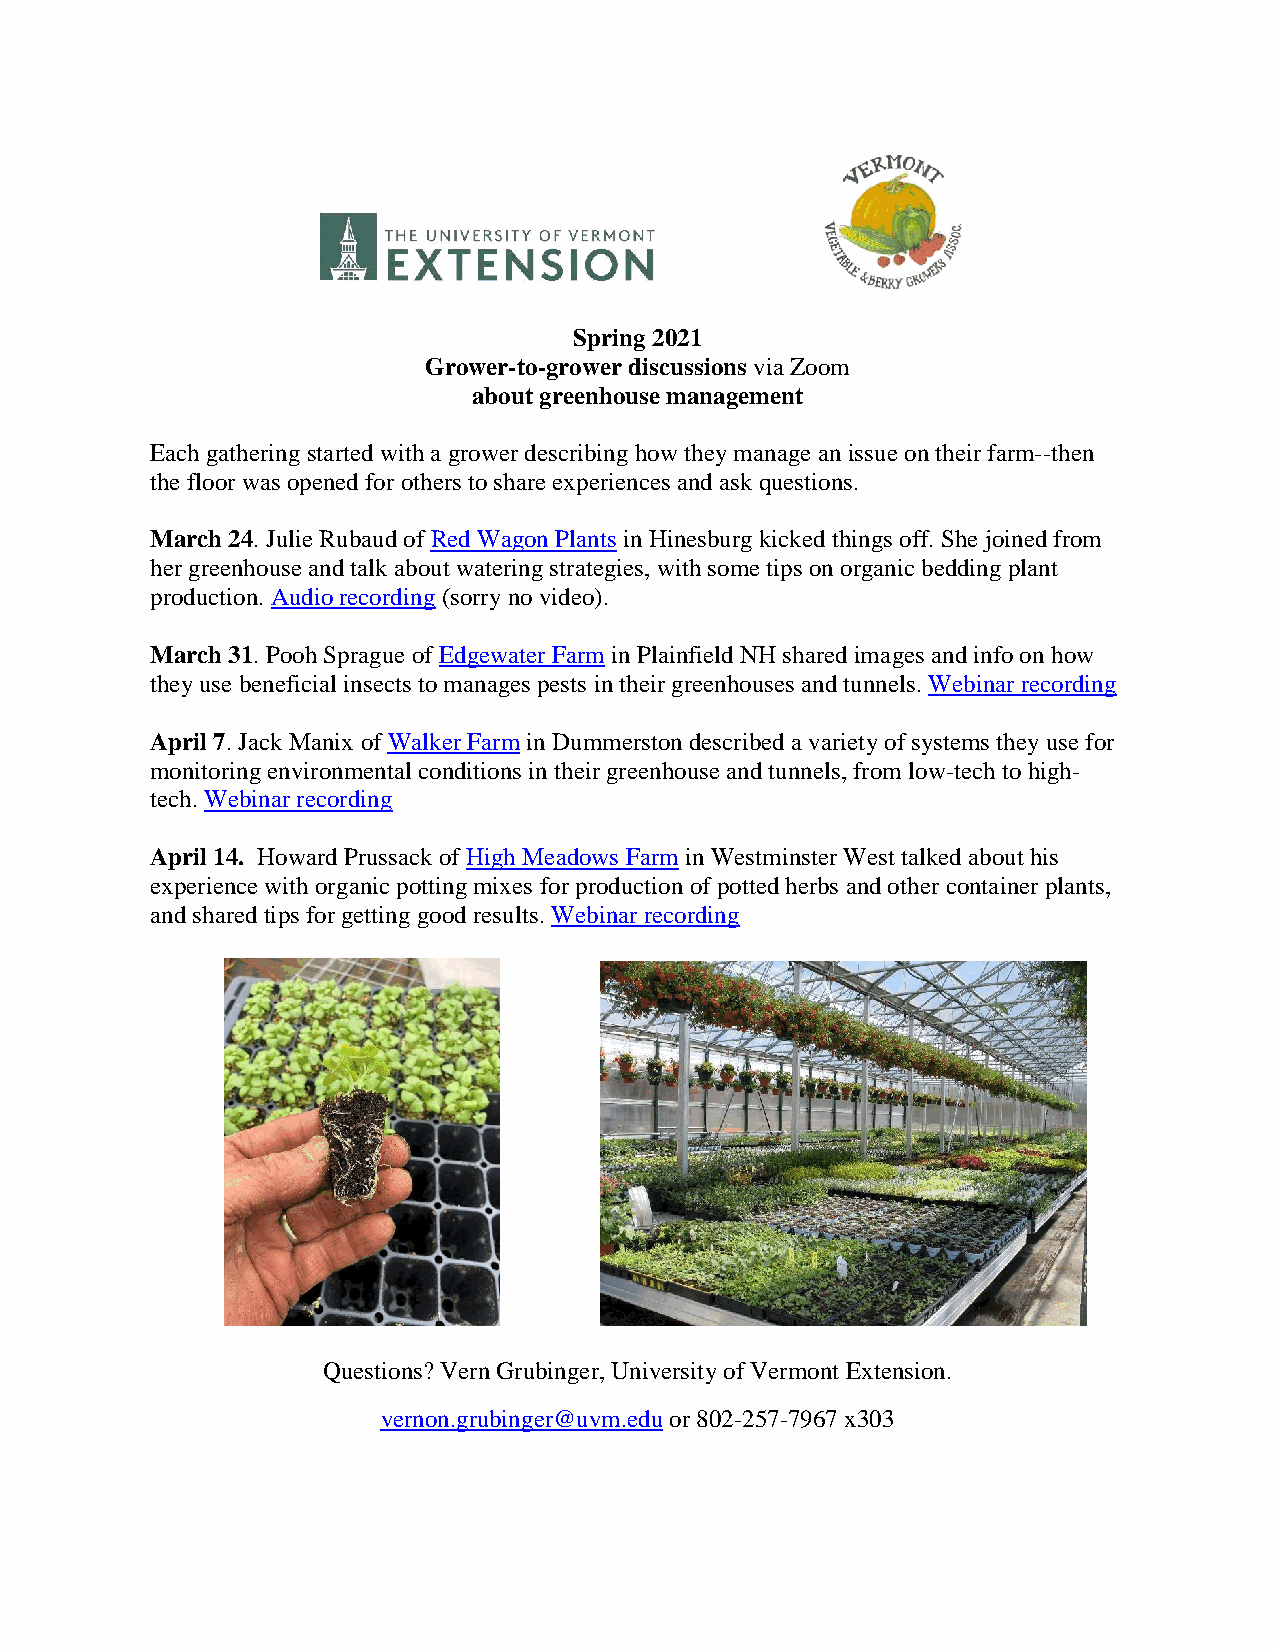
Spring 2021
 Grower-to-grower discussions via Zoom
 about greenhouse management
 Each gathering started with a grower describing how they manage an issue on their farm--then
 the floor was opened for others to share experiences and ask questions.
 March 24. Julie Rubaud of Red Wagon Plants in Hinesburg kicked things off. She joined from
 her greenhouse and talk about watering strategies, with some tips on organic bedding plant
 production. Audio recording (sorry no video).
 March 31. Pooh Sprague of Edgewater Farm in Plainfield NH shared images and info on how
 they use beneficial insects to manages pests in their greenhouses and tunnels. Webinar recording
 April 7. Jack Manix of Walker Farm in Dummerston described a variety of systems they use for
 monitoring environmental conditions in their greenhouse and tunnels, from low-tech to high-
 tech. Webinar recording
 April 14. Howard Prussack of High Meadows Farm in Westminster West talked about his
 experience with organic potting mixes for production of potted herbs and other container plants,
 and shared tips for getting good results. Webinar recording
 Questions? Vern Grubinger, University of Vermont Extension.
 vernon.grubinger@uvm.edu or 802-257-7967 x303